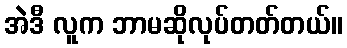
အဲဒီ လူက ဘာမဆိုလုပ်တတ်တယ်။